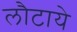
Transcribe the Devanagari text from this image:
लौटाये